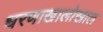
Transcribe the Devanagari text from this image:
धरणाखालोखाल